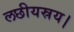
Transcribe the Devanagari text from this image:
लछीयस्रय।